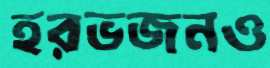
হরভজনও